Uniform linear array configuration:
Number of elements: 16
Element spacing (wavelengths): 0.25
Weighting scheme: blackman
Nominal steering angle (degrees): -60
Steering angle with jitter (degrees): -58.067
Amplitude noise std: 0.05
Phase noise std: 0.05

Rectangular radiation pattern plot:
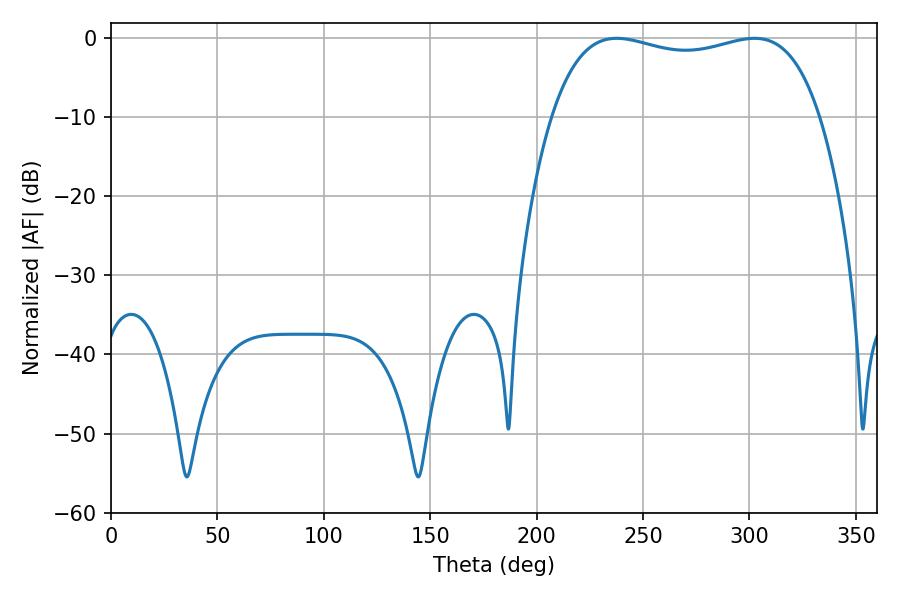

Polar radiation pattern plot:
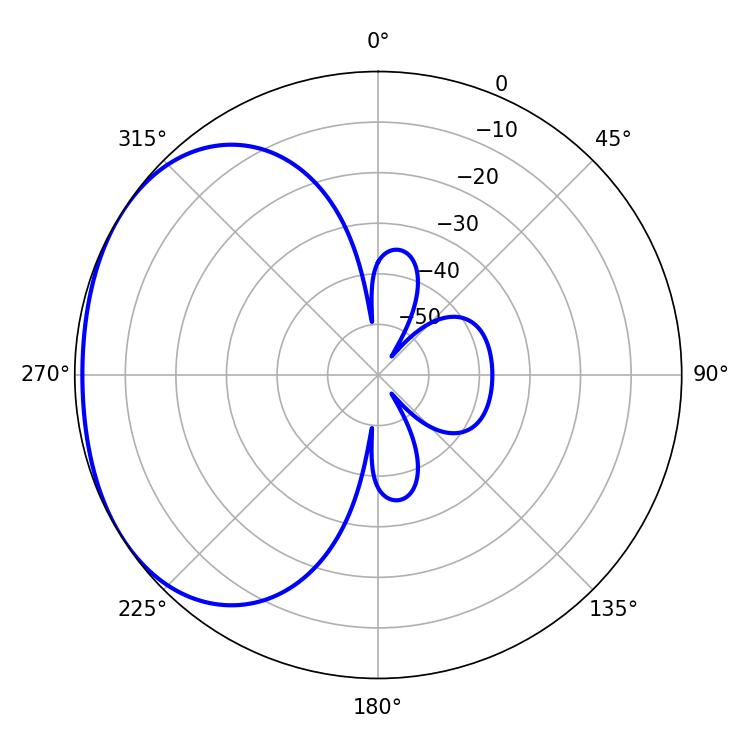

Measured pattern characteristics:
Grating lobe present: FALSE
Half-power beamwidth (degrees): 102.6
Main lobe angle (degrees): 237.6